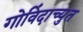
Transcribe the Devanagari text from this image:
गोविंदाच्युत